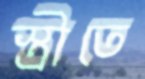
স্ত্রীতে